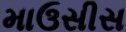
માઉસીસ